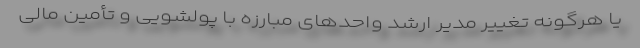
یا هرگونه تغییر مدیر ارشد واحدهای مبارزه با پولشویی و تأمین مالی